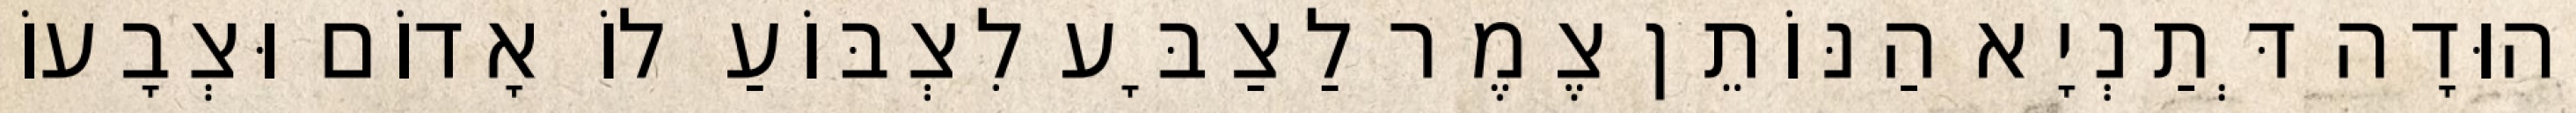
יְהוּדָה דְּתַנְיָא הַנּוֹתֵן צֶמֶר לַצַבָּע לִצְבּוֹעַ לוֹ אָדוֹם וּצְבָעוֹ